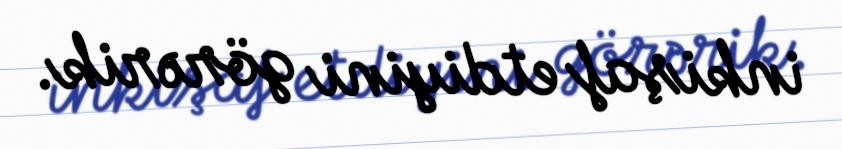
inkişaf etdiyini görərik.